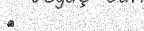
٣